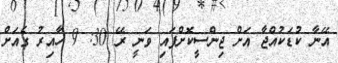
އޭނާ ކުޑަކުއްޖާ އަށް ޖިންސީކޮށްފައި ވަނީ ރޭ 30: 9 ހާއިރު ގެއަށް